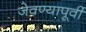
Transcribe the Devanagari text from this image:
जेवण्यापूर्वी